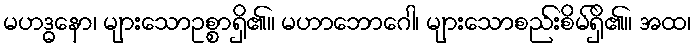
မဟဒ္ဓနော၊ များသောဥစ္စာရှိ၏။ မဟာဘောဂေါ၊ များသောစည်းစိမ်ရှိ၏။ အထ၊